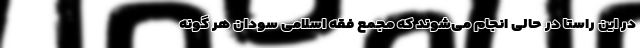
در این راستا در حالی انجام می‌شوند که مجمع فقه اسلامی سودان هر گونه